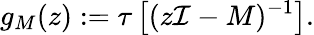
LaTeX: g_{M}(z):=\tau\left[(z\mathcal{I}-M)^{-1}\right].